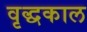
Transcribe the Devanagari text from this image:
वृद्धकाल